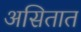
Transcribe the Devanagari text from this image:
असितात